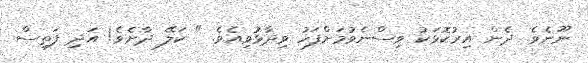
ނޫނެވެ. ދެން އިރުކޮޅަކު ވިސްނެވުމަށްފަހު ވިދާޅުވިއެވެ. " ކަލޭ ދާށެވެ! އަދި ފަތިސް